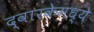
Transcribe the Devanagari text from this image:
द्वारकेमध्ये